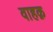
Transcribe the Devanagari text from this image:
वाहक़